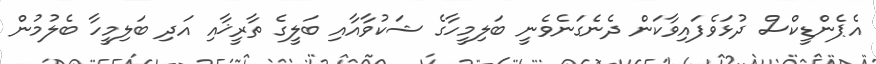
އެޕެންޑީކްސް ދުޅަވެފައިވާކަން ދެނެގަނެވެނީ ބަލިމީހާގެ ޝަކުވާއާއި ބަލީގެ ތާރީޚާއި އަދި ބަލިމީހާ ބެލުމުން